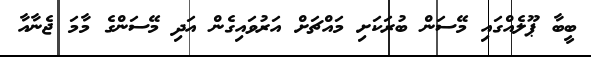
ބީބާ ޕޫލެއްގައި މޭސަން ބުރަކަށި މައްޗަށް އަރުވައިގެން އަދި މޭސަންގެ މާމަ ޖެނާއާ